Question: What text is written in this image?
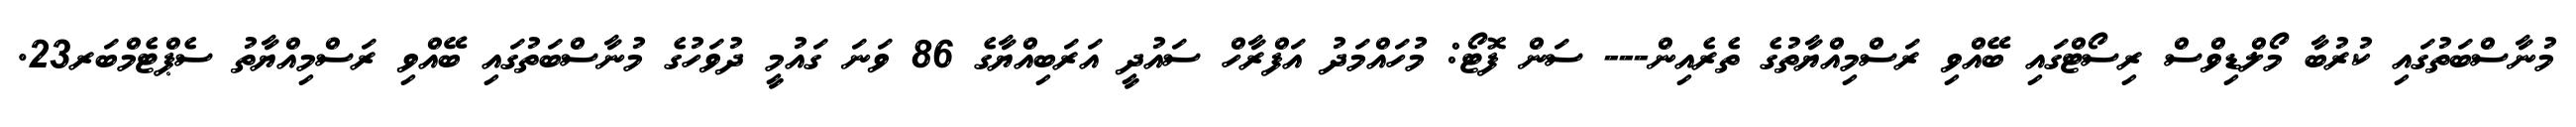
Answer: މުނާސްބަތުގައި ކުރުބާ މޯލްޑިވްސް ރިސޯޓްގައި ބޭއްވި ރަސްމިއްޔާތުގެ ތެރެއިން--- ސަން ފޮޓޯ: މުހައްމަދު އަފްރާހް ސައުދީ އަރަބިއްޔާގެ 86 ވަނަ ގައުމީ ދުވަހުގެ މުނާސްބަތުގައި ބޭއްވި ރަސްމިއްޔާތު ސެޕްޓެމްބަރ23.